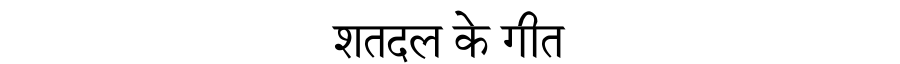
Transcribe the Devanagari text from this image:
शतदल के गीत